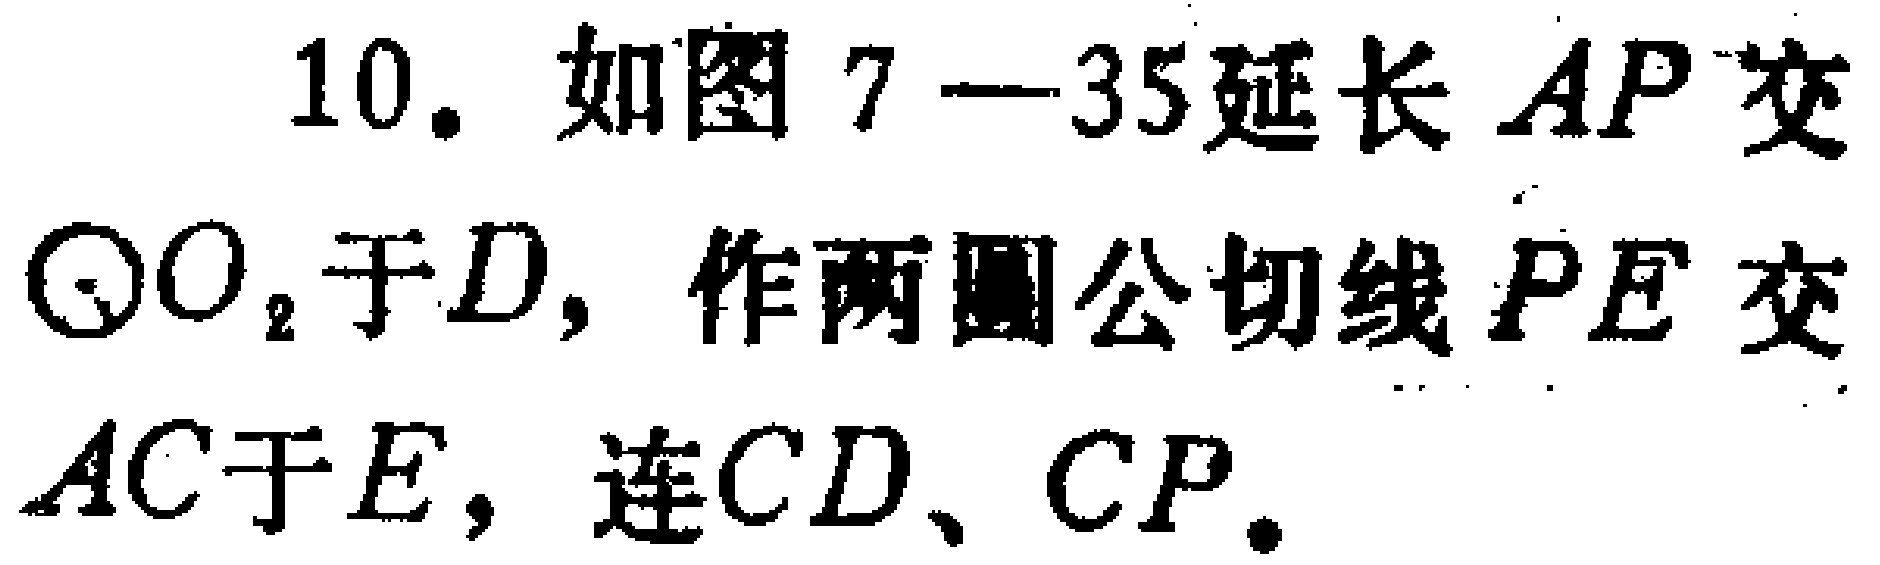
10. 如图7—35延长 \(AP\) 交 \(\odot O_{2}\) 于 \(D\)，作两圆公切线 \(PE\) 交 \(AC\)于 \(E\)，连 \(CD\)、\(CP\)。